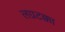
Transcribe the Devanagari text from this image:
लग्नटक्का